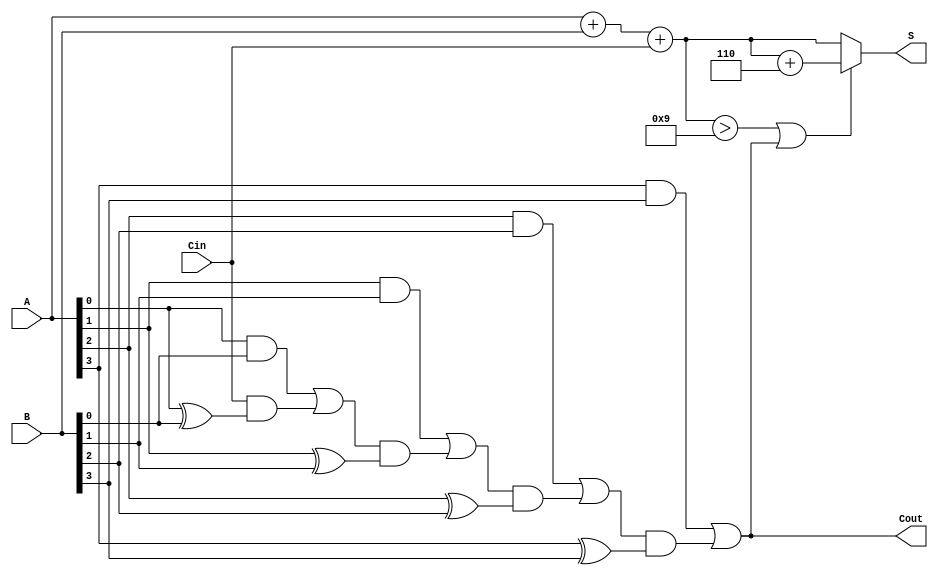
module BCD_Carry_Lookahead_Adder (
    input  [3:0] A,     // First BCD digit
    input  [3:0] B,     // Second BCD digit
    input        Cin,    // Carry input
    output [3:0] S,     // BCD sum output
    output       Cout    // Carry output
);

    wire [4:0] sum;      // Intermediate sum (5 bits to accommodate carry)
    wire [4:0] carry;    // Carry generation signals
    wire correction;      // Correction signal for BCD adjustment

    // Initial binary sum calculation
    assign sum = A + B + Cin;

    // Generate carry signals using lookahead logic
    assign carry[0] = (A[0] & B[0]) | (Cin & (A[0] ^ B[0]));
    assign carry[1] = (A[1] & B[1]) | (carry[0] & (A[1] ^ B[1]));
    assign carry[2] = (A[2] & B[2]) | (carry[1] & (A[2] ^ B[2]));
    assign carry[3] = (A[3] & B[3]) | (carry[2] & (A[3] ^ B[3]));
    
    // Final carry-out is the carry from the most significant bit
    assign Cout = carry[3];

    // Determine if correction is needed
    assign correction = (sum[3:0] > 4'b1001) || Cout;

    // BCD correction: add 6 (0110) if necessary
    assign S = correction ? (sum[3:0] + 4'b0110) : sum[3:0];

endmodule